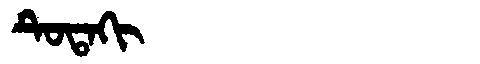
Manchu: ᡨᡠᡨᠠᡴᡳ
Romanization: TUTAKI